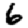
Digit: 6